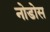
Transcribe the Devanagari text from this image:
नोडोस